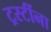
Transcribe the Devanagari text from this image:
ट्रस्टींना